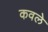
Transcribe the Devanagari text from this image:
कवले